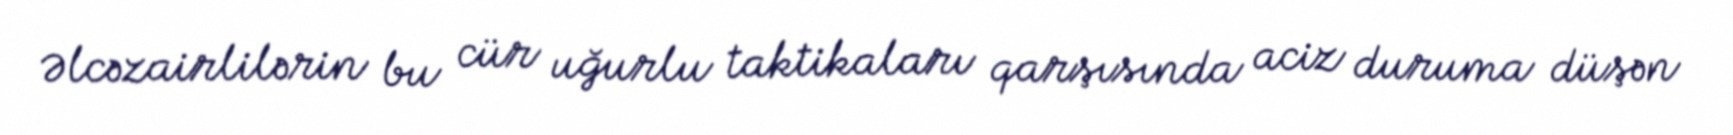
Əlcəzairlilərin bu cür uğurlu taktikaları qarşısında aciz duruma düşən